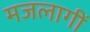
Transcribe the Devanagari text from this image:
मजलागीं